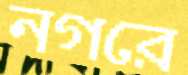
নগরে